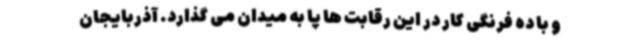
و با ده فرنگی کار در این رقابت ها پا به میدان می گذارد. آذربایجان